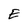
Character: E